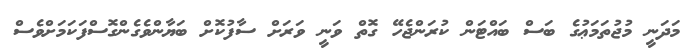
މަދަނީ މުޖުތަމަޢުގެ ބަސް ބައްޓަން ކުރަންޖެހޭ ގޮތް ވަނީ ވަރަށް ސާފުކޮށް ބަޔާންވެގެންގޮސްފަކަމަށްވެސް